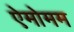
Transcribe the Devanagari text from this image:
ऐमोमम